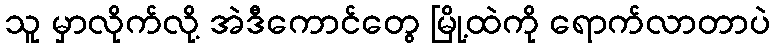
သူ မှာလိုက်လို့ အဲဒီကောင်တွေ မြို့ထဲကို ရောက်လာတာပဲ